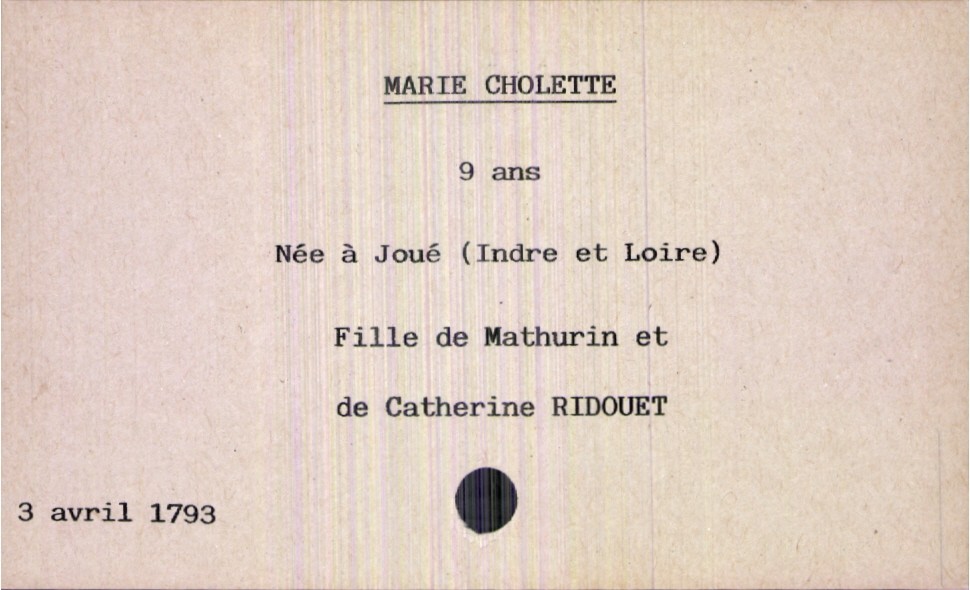
type_acte: Décès
année: 1793
mois: avril
jour: 3
défunt_nom: Cholette
défunt_prénom: Marie
défunt_sexe: F
défunt_âge: 9 ans
défunt_lieu_de_naissance: Joué (Indre et Loire)
père_défunt_nom: Cholette
père_défunt_prénom: Mathurin
mère_défunt_nom: Ridouet
mère_défunt_prénom: Catherine